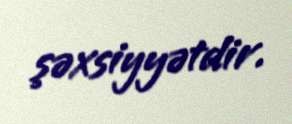
şəxsiyyətdir.